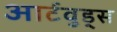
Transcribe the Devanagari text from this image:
आर्टवुड्स